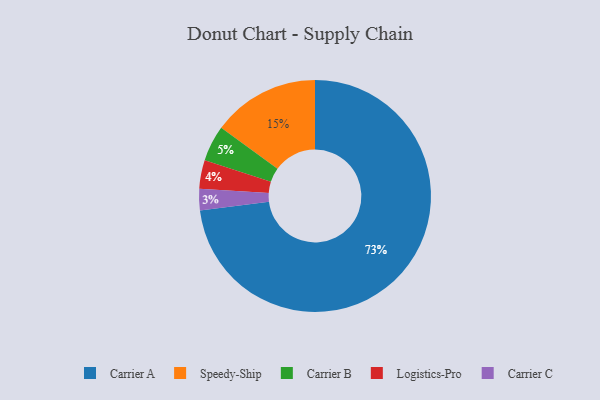
{"axis": {"x": "Category", "y": "Percentage"}, "legend": ["Carrier A", "Carrier B", "Carrier C", "Logistics-Pro", "Speedy-Ship"], "data": [{"x": "Carrier B", "y": 5, "type": "Carrier B"}, {"x": "Carrier C", "y": 3, "type": "Carrier C"}, {"x": "Carrier A", "y": 73, "type": "Carrier A"}, {"x": "Logistics-Pro", "y": 4, "type": "Logistics-Pro"}, {"x": "Speedy-Ship", "y": 15, "type": "Speedy-Ship"}]}